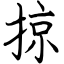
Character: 掠